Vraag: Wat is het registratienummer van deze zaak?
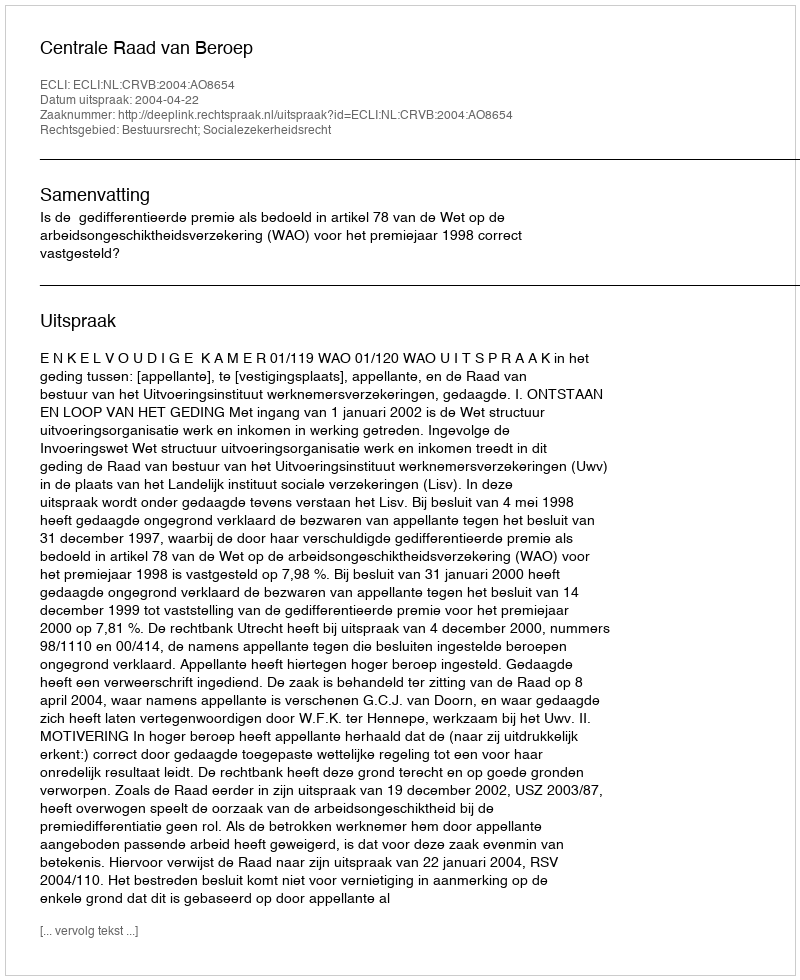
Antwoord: http://deeplink.rechtspraak.nl/uitspraak?id=ECLI:NL:CRVB:2004:AO8654